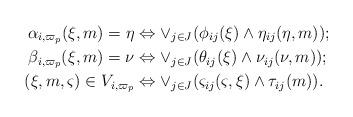
LaTeX: \begin{align*}\alpha_{i,\varpi_p}(\xi,m)=\eta&\Leftrightarrow\vee_{j\in J}(\phi_{ij}(\xi)\wedge\eta_{ij}(\eta,m));\\\beta_{i,\varpi_p}(\xi,m)=\nu&\Leftrightarrow\vee_{j\in J}(\theta_{ij}(\xi)\wedge\nu_{ij}(\nu,m));\\(\xi,m,\varsigma)\in V_{i,\varpi_{p}}&\Leftrightarrow\vee_{j\in J}(\varsigma_{ij}(\varsigma,\xi)\wedge\tau_{ij}(m)).\end{align*}